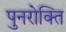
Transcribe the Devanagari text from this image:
पुनरोक्ति